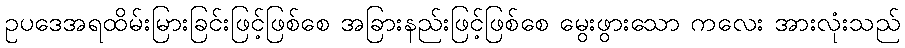
ဥပဒေအရထိမ်းမြားခြင်းဖြင့်ဖြစ်စေ အခြားနည်းဖြင့်ဖြစ်စေ မွေးဖွားသော ကလေး အားလုံးသည်